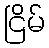
ငြိမ်